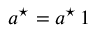
\boldsymbol a ^ { \star } = a ^ { \star } \, \boldsymbol 1